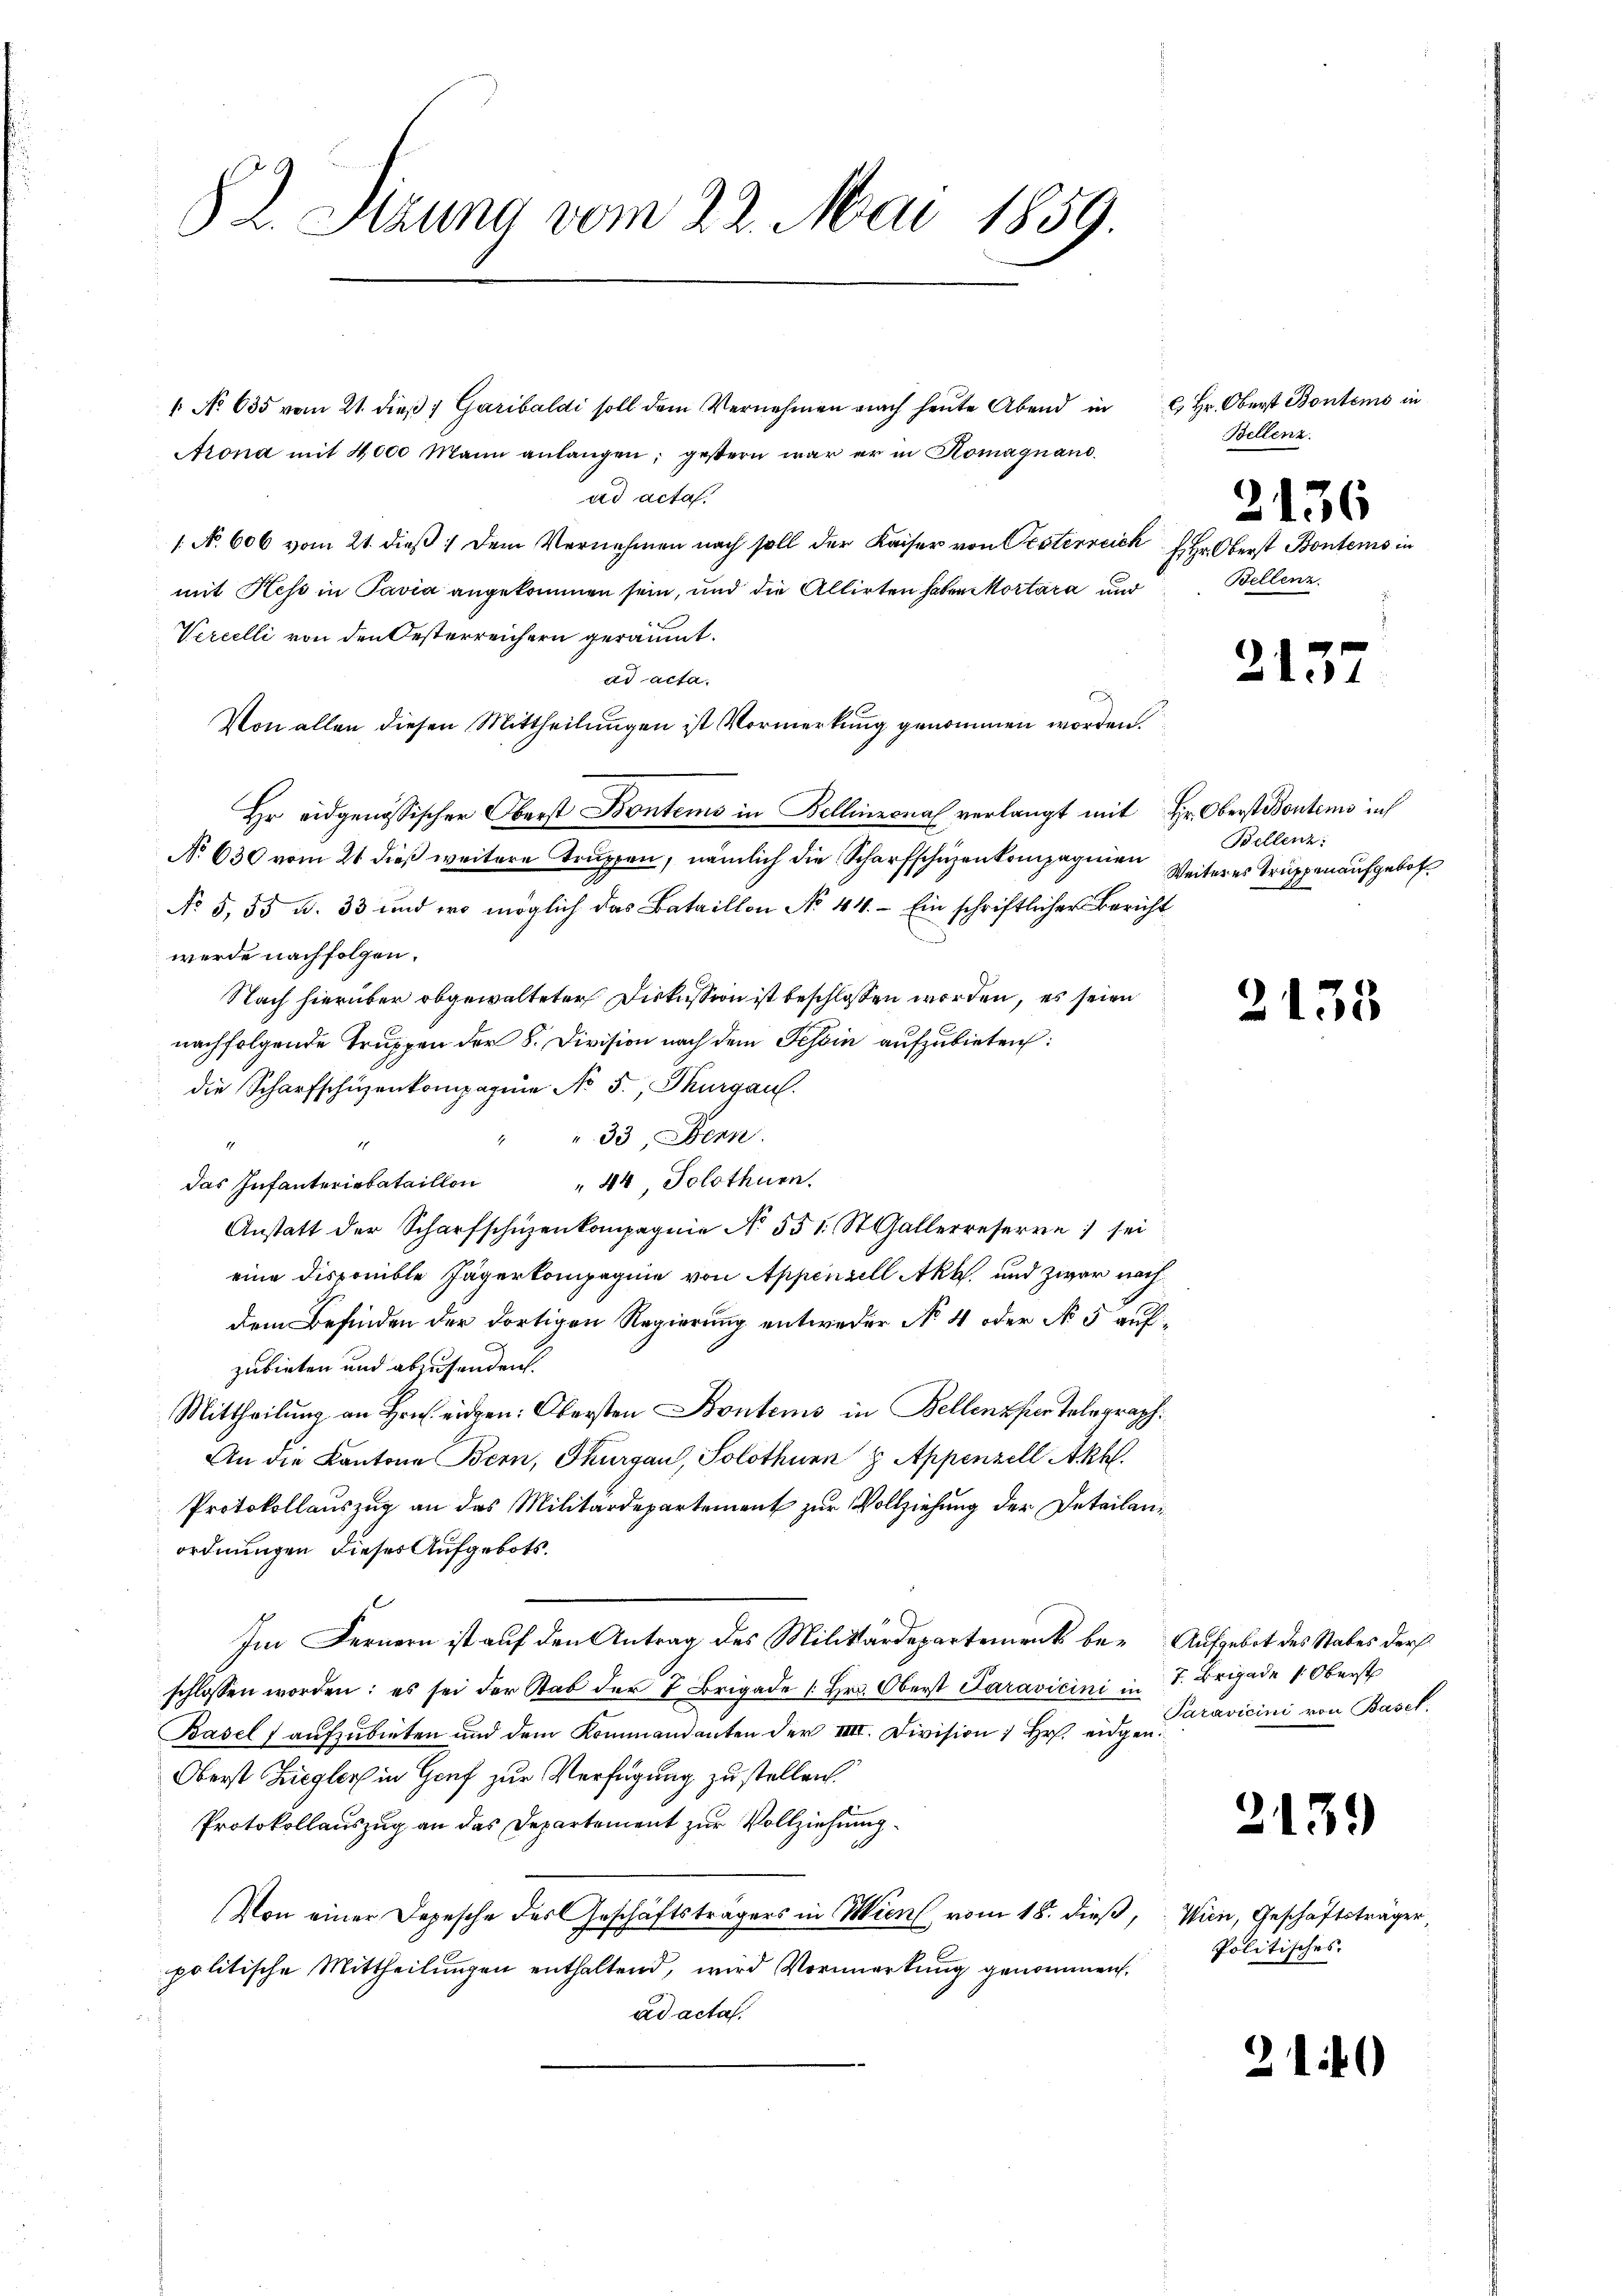
§ 2. Sizung vom 22. Mai 1859.

1 No 635 vom 21. dieß: Garibaldi soll dem Vernehmen nach heute Abend in  Hr. Oberst Bontem in
Arona mit 4000 Mann anlangen; gestern war er in Romagnano
ad acta.
1. No. 606 vom 21. dieß dem Vernehmen nach soll der Kaiser von Oesterreich Hr. Oberst Bontems
mit Hess in Pavia angekommen sein, und die Allirten haben Mortara und
Vercelli von den Oesterreichern geräumt.
ad acta.
Von allen diesen Mittheilungen ist Vormerkung genommen worden.
Hr. eidgenössischer Oberst Bontems in Bellinzona verlangt mit Hr. Oberst Boten in
No 630 vom 21 dieß weitere Truppen, nämlich die Scharfschüzenkompagnien
No 5, 55 u. 33 und wo möglich das Bataillon No 44. - Ein schriftlicher Bericht
werde nachfolgen.
Nach hierüber obgewalteter Diskussion ist beschlossen worden, es seien
nachfolgende Truppen der 8. Division nach dem Tessin aufzubieten:
die Scharfschüzenkompagnie No 5., Thurgau.
" " 33. Denn
17.
Das Infanteriebataillon    44, Solothurn
Anstatt der Scharfschüzenkompagnie No. 551. St. Gallerreserve sei
eine disponible Jägerkompagnie von Appenzell Akt. und zwar nach
dem Befinden der dortigen Regierung entweder No 4 oder No 5 aufzubieten und abzusenden.
Mittheilung an Hrn. eidgen: Obersten Bontens in Bellenz per telegraph
An die Kantone Bern, Thurgau, Solothurn & Appenzell Akh.
Protokollauszug an das Militärdepartement zur Vollziehung der Detailaniordnungen dieses Aufgebots.
Im Fernern ist auf den Antrag des Militärdepartement be- Aufgebot des Stabes der
schlossen worden: es sei der Stab der 7 Brigade (Hr. Oberst Saravicini in J. Brigade 1. Oberst
Basel aŭfzŭbieten und dem Kommandanten der VIII. Division 1 Fr. eidg. Gravicini von Basel.
Oberst Ziegler in Genf zur Verfügung zu stellen.
Protokollauszug an das Departement zur Vollziehung¬
Von einer Depesche des Geschäftsträgers in Wien vom 18. dieβ, Wien, Geschäftsträger
politische Mittheilungen enthaltend, wird Vormerkung genommen.
ad acta.

Bellenz

Bellenz

2136

2137

Bellenz:
Weiteres Truppen aufgebot

3

135

23.)

Politisches.

14